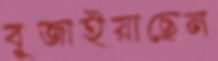
বুজাইয়াছেন